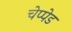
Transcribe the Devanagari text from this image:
चेप्पेड